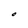
Character: O